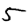
Digit: 5